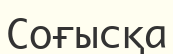
Соғысқа